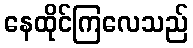
နေထိုင်ကြလေသည်